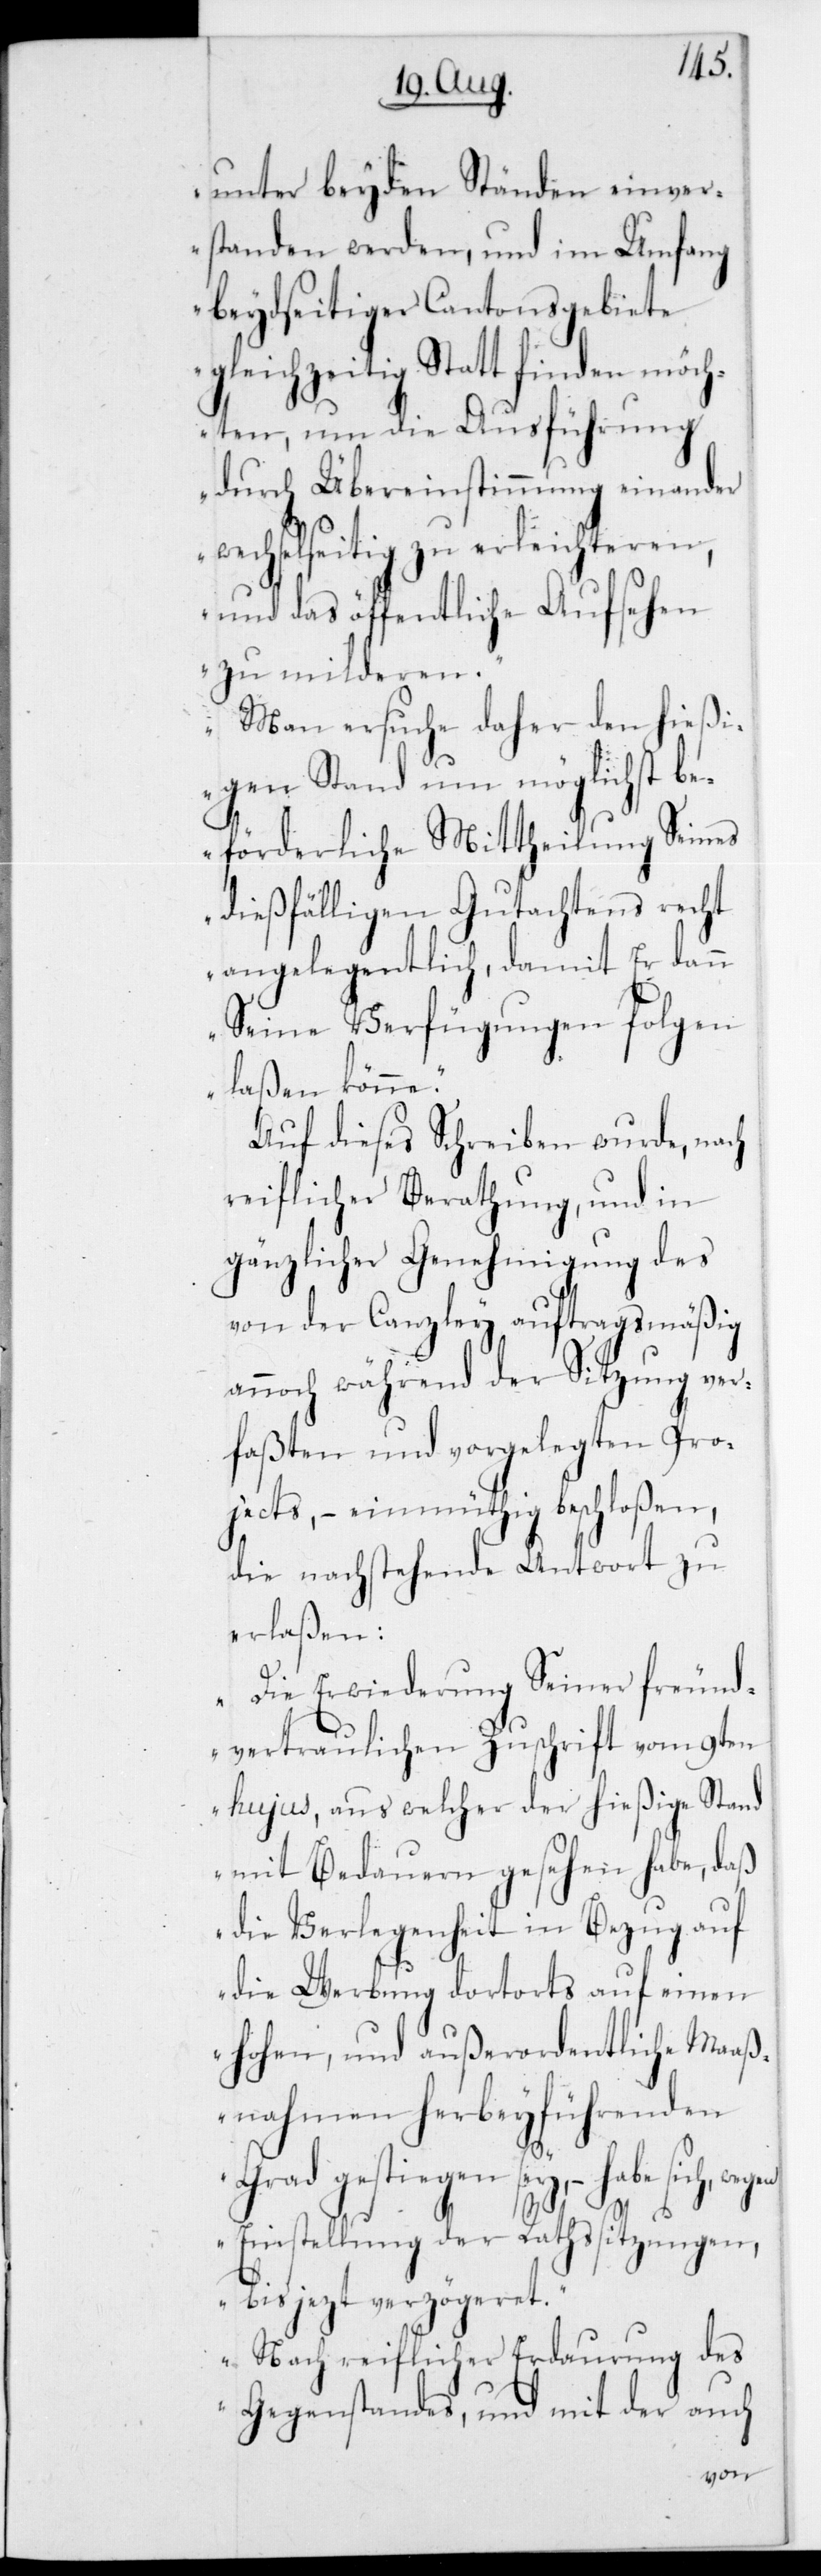
unter beyden Ständen einver¬
standen werden, und im Umfang
beydseitiger Cantonsgebiete
gleichzeitig stattfinden möch¬
ten, um die Ausführung
durch Übereinstimmung einander
wechselseitig zu erleichteren,
und das öffentliche Aufsehen
zu milderen.
Man ersuche daher den hießi¬
genStand um möglichst be¬
förderliche Mittheilung Seines
dießfälligen Gutachtens recht
angelegentlich, damit Er dann
Seine Verfügungen folgen
laßen könne.“
Auf dieses Schreiben wurde, nach
reiflicher Berathung und in
gänzlicher Genehmigung des
von der Canzley auftragsmäßig
annoch während der Sitzung ver¬
faßten und vorgelegten Pro¬
jects, – einmüthig beschloßen,
die nachstehende Antwort zu
erlaßen:
„Die Erwiderung Seiner freund¬
vertraulichen Zuschrift vom 9ten
hujus, aus welcher der hießige Stand
mit Bedauern gesehen habe, daß
die Verlegenheit in Bezug auf
die Werbung dortorts auf einen
hohen, und außerordentliche Maaß¬
nahmen herbeyführenden
Grad gestiegen sey, – habe sich,
Einstellung der Rathssitzungen,
bis jezt verzögeret.
Nach reiflicher Erdaurung des
Gegenstandes, und mit der auch